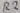
Text: R2